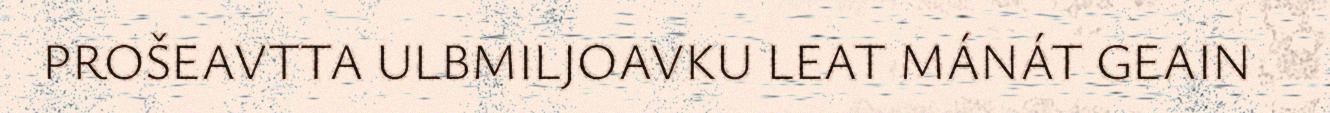
PROŠEAVTTA ULBMILJOAVKU LEAT MÁNÁT GEAIN